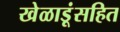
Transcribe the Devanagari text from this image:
खेळाडूंसहित